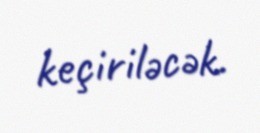
keçiriləcək.